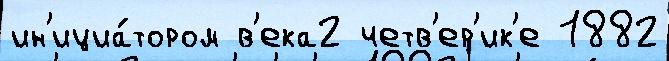
ин'ициа́тором в'ека2 четв'ер'ик'е 1882